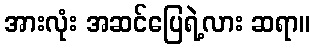
အားလုံး အဆင်ပြေရဲ့လား ဆရာ။